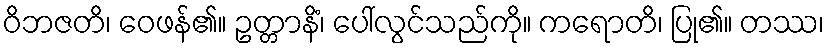
ဝိဘဇတိ၊ ဝေဖန်၏။ ဥတ္တာနိံ၊ ပေါ်လွင်သည်ကို။ ကရောတိ၊ ပြု၏။ တဿ၊